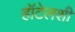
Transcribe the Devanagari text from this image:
हॉटेलशी